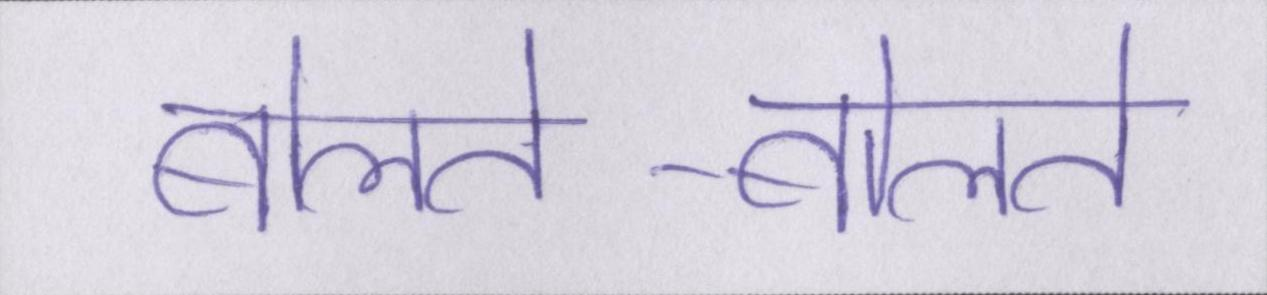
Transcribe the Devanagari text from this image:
बोलते-बोलते